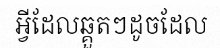
អ្វីដែលឆ្គួតៗដូចដែល